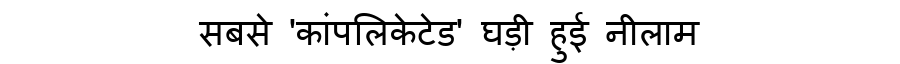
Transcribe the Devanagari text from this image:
सबसे 'कांपलिकेटेड' घड़ी हुई नीलाम